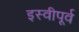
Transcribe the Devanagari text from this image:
इस्वीपूर्व